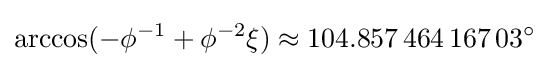
\arccos(-\phi ^{-1}+\phi ^{-2}\xi )\approx 104.857\,464\,167\,03^{\circ }